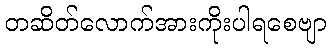
တဆိတ်လောက်အားကိုးပါရစေဗျာ